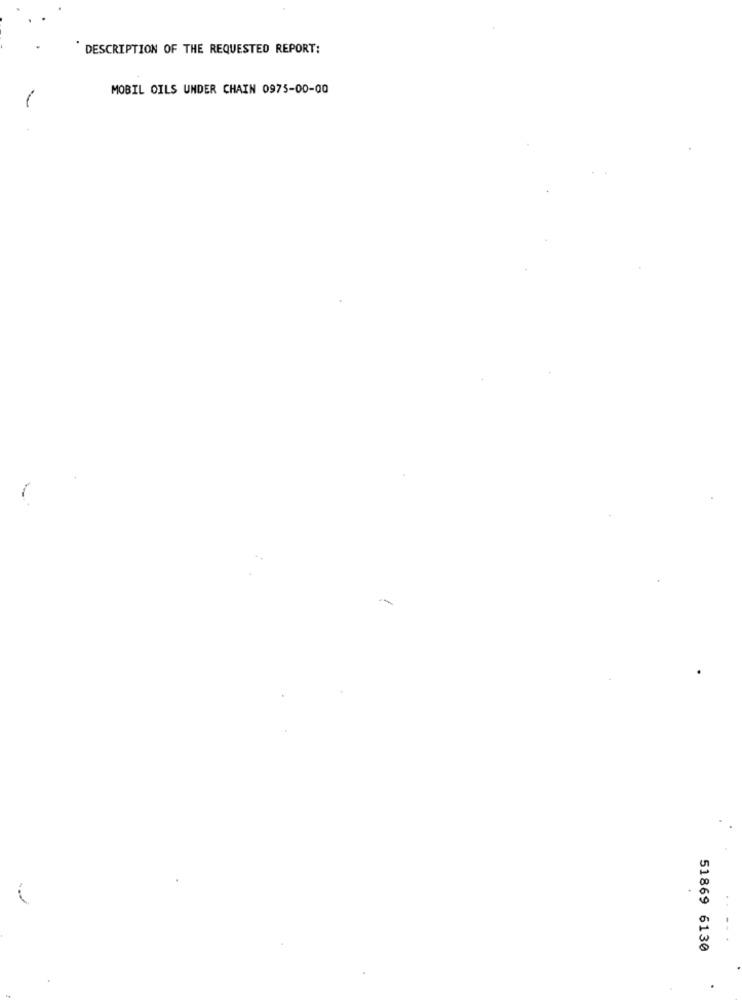
DESCRIPTION OF THE REQUESTED REPORT:
MOBIL OILS UNDER CHAIN 0975-00-00
51869 6130